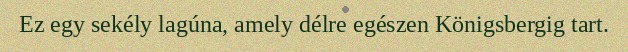
Ez egy sekély lagúna, amely délre egészen Königsbergig tart.